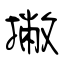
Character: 撇